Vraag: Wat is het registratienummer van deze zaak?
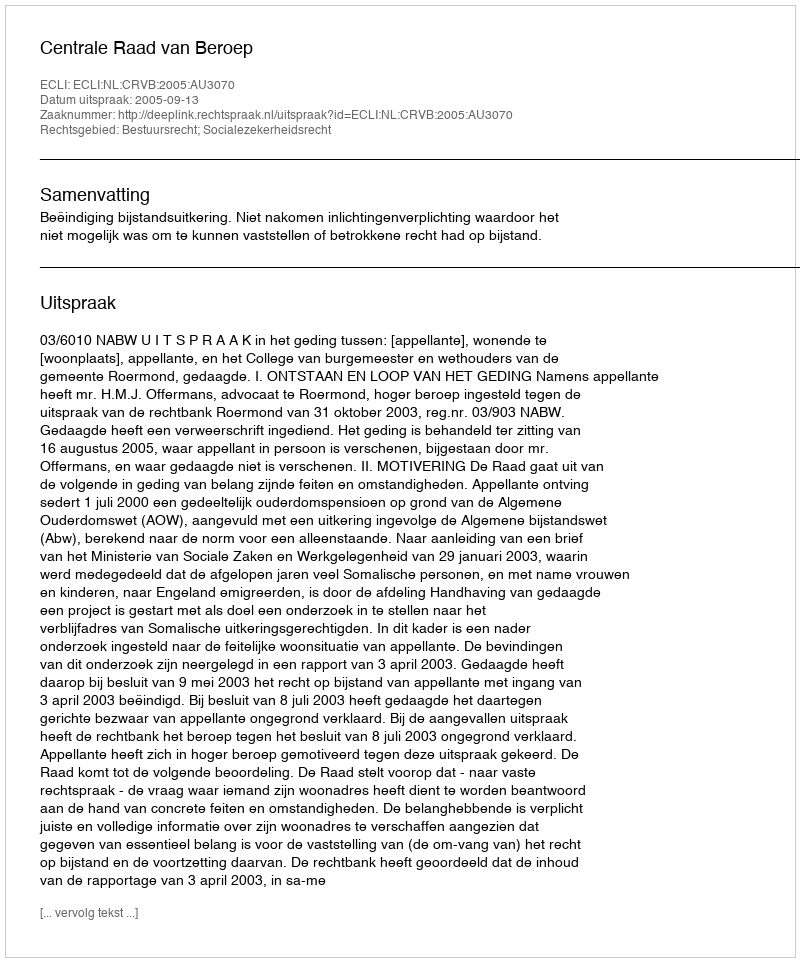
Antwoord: http://deeplink.rechtspraak.nl/uitspraak?id=ECLI:NL:CRVB:2005:AU3070